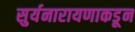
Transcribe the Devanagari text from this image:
सुर्यनारायणाकडून